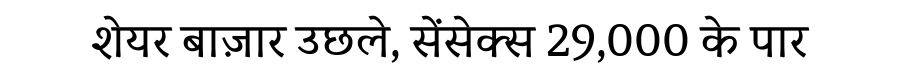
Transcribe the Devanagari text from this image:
शेयर बाज़ार उछले, सेंसेक्स 29,000 के पार